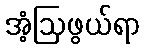
အံ့ဩဖွယ်ရာ